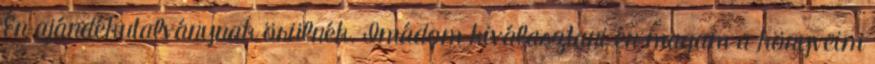
Én ajándékutalványnak örülnék. Imádom kiválasztani én magam a könyveim